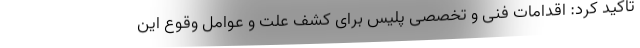
تاکید کرد: اقدامات فنی و تخصصی پلیس برای کشف علت و عوامل وقوع این